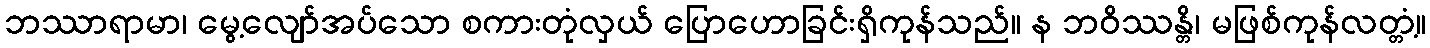
ဘဿာရာမာ၊ မွေ့လျော်အပ်သော စကားတုံလှယ် ပြောဟောခြင်းရှိကုန်သည်။ န ဘဝိဿန္တိ၊ မဖြစ်ကုန်လတ္တံ့။